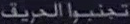
تنبيه الحريف